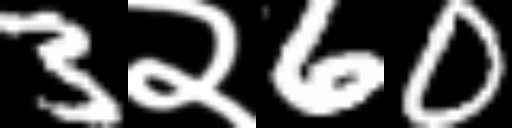
Text: 3२60